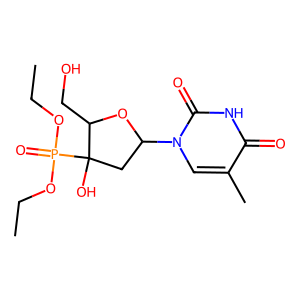
SMILES: CCOP(=O)(OCC)C1(O)CC(n2cc(C)c(=O)[nH]c2=O)OC1CO
Inhibits HIV replication: No